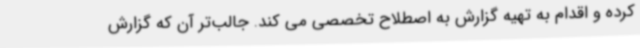
کرده و اقدام به تهیه گزارش به اصطلاح تخصصی می کند. جالب‌تر آن که گزارش